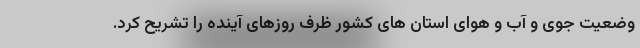
وضعیت جوی و آب و هوای استان های کشور ظرف روزهای آینده را تشریح کرد.